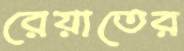
রেয়াতের